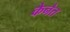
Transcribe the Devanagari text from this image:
केनेत